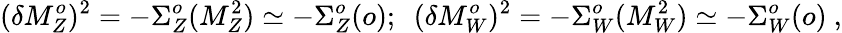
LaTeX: (\delta M_{Z}^{o})^{2}=-\Sigma_{Z}^{o}(M_{Z}^{2})\simeq-\Sigma_{Z}^{o}(o);~~(\delta M_{W}^{o})^{2}=-\Sigma_{W}^{o}(M_{W}^{2})\simeq-\Sigma_{W}^{o}(o)~,